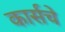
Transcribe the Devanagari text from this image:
कार्सचे